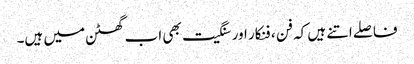
فاصلے اتنے ہیں کہ فن ، فنکار اور سنگیت بھی اب گھٹن میں ہیں۔